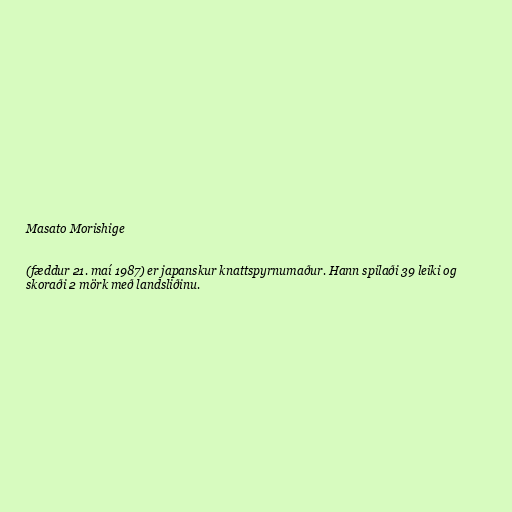
Masato Morishige

(fæddur 21. maí 1987) er japanskur knattspyrnumaður. Hann spilaði 39 leiki og
skoraði 2 mörk með landsliðinu.